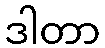
ဒါတာ